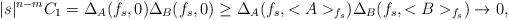
LaTeX: \begin{align*}|s|^{n-m} C_1=\Delta_A (f_s,0) \Delta_B (f_s,0) \geq \Delta_A (f_s,<A>_{f_s}) \Delta_B (f_s,<B>_{f_s}) \to 0,\end{align*}